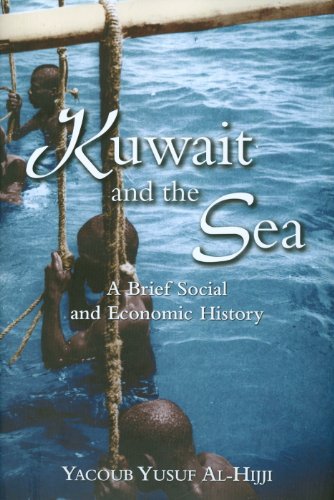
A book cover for Kuwait and the Sea: A Brief Social and Economic History; Yacoub Yusuf Al-Hijji; History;